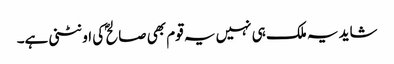
شاید یہ ملک ہی نہیں یہ قوم بھی صالح ؐ کی اونٹنی ہے۔